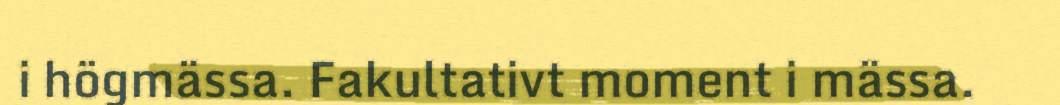
i högmässa. Fakultativt moment i mässa.